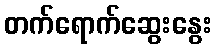
တက်ရောက်ဆွေးနွေး